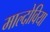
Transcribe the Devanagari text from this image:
माल्दोविया